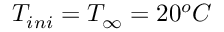
T _ { i n i } = T _ { \infty } = 2 0 ^ { o } C